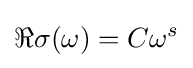
\Re \sigma (\omega )=C\omega ^{s}